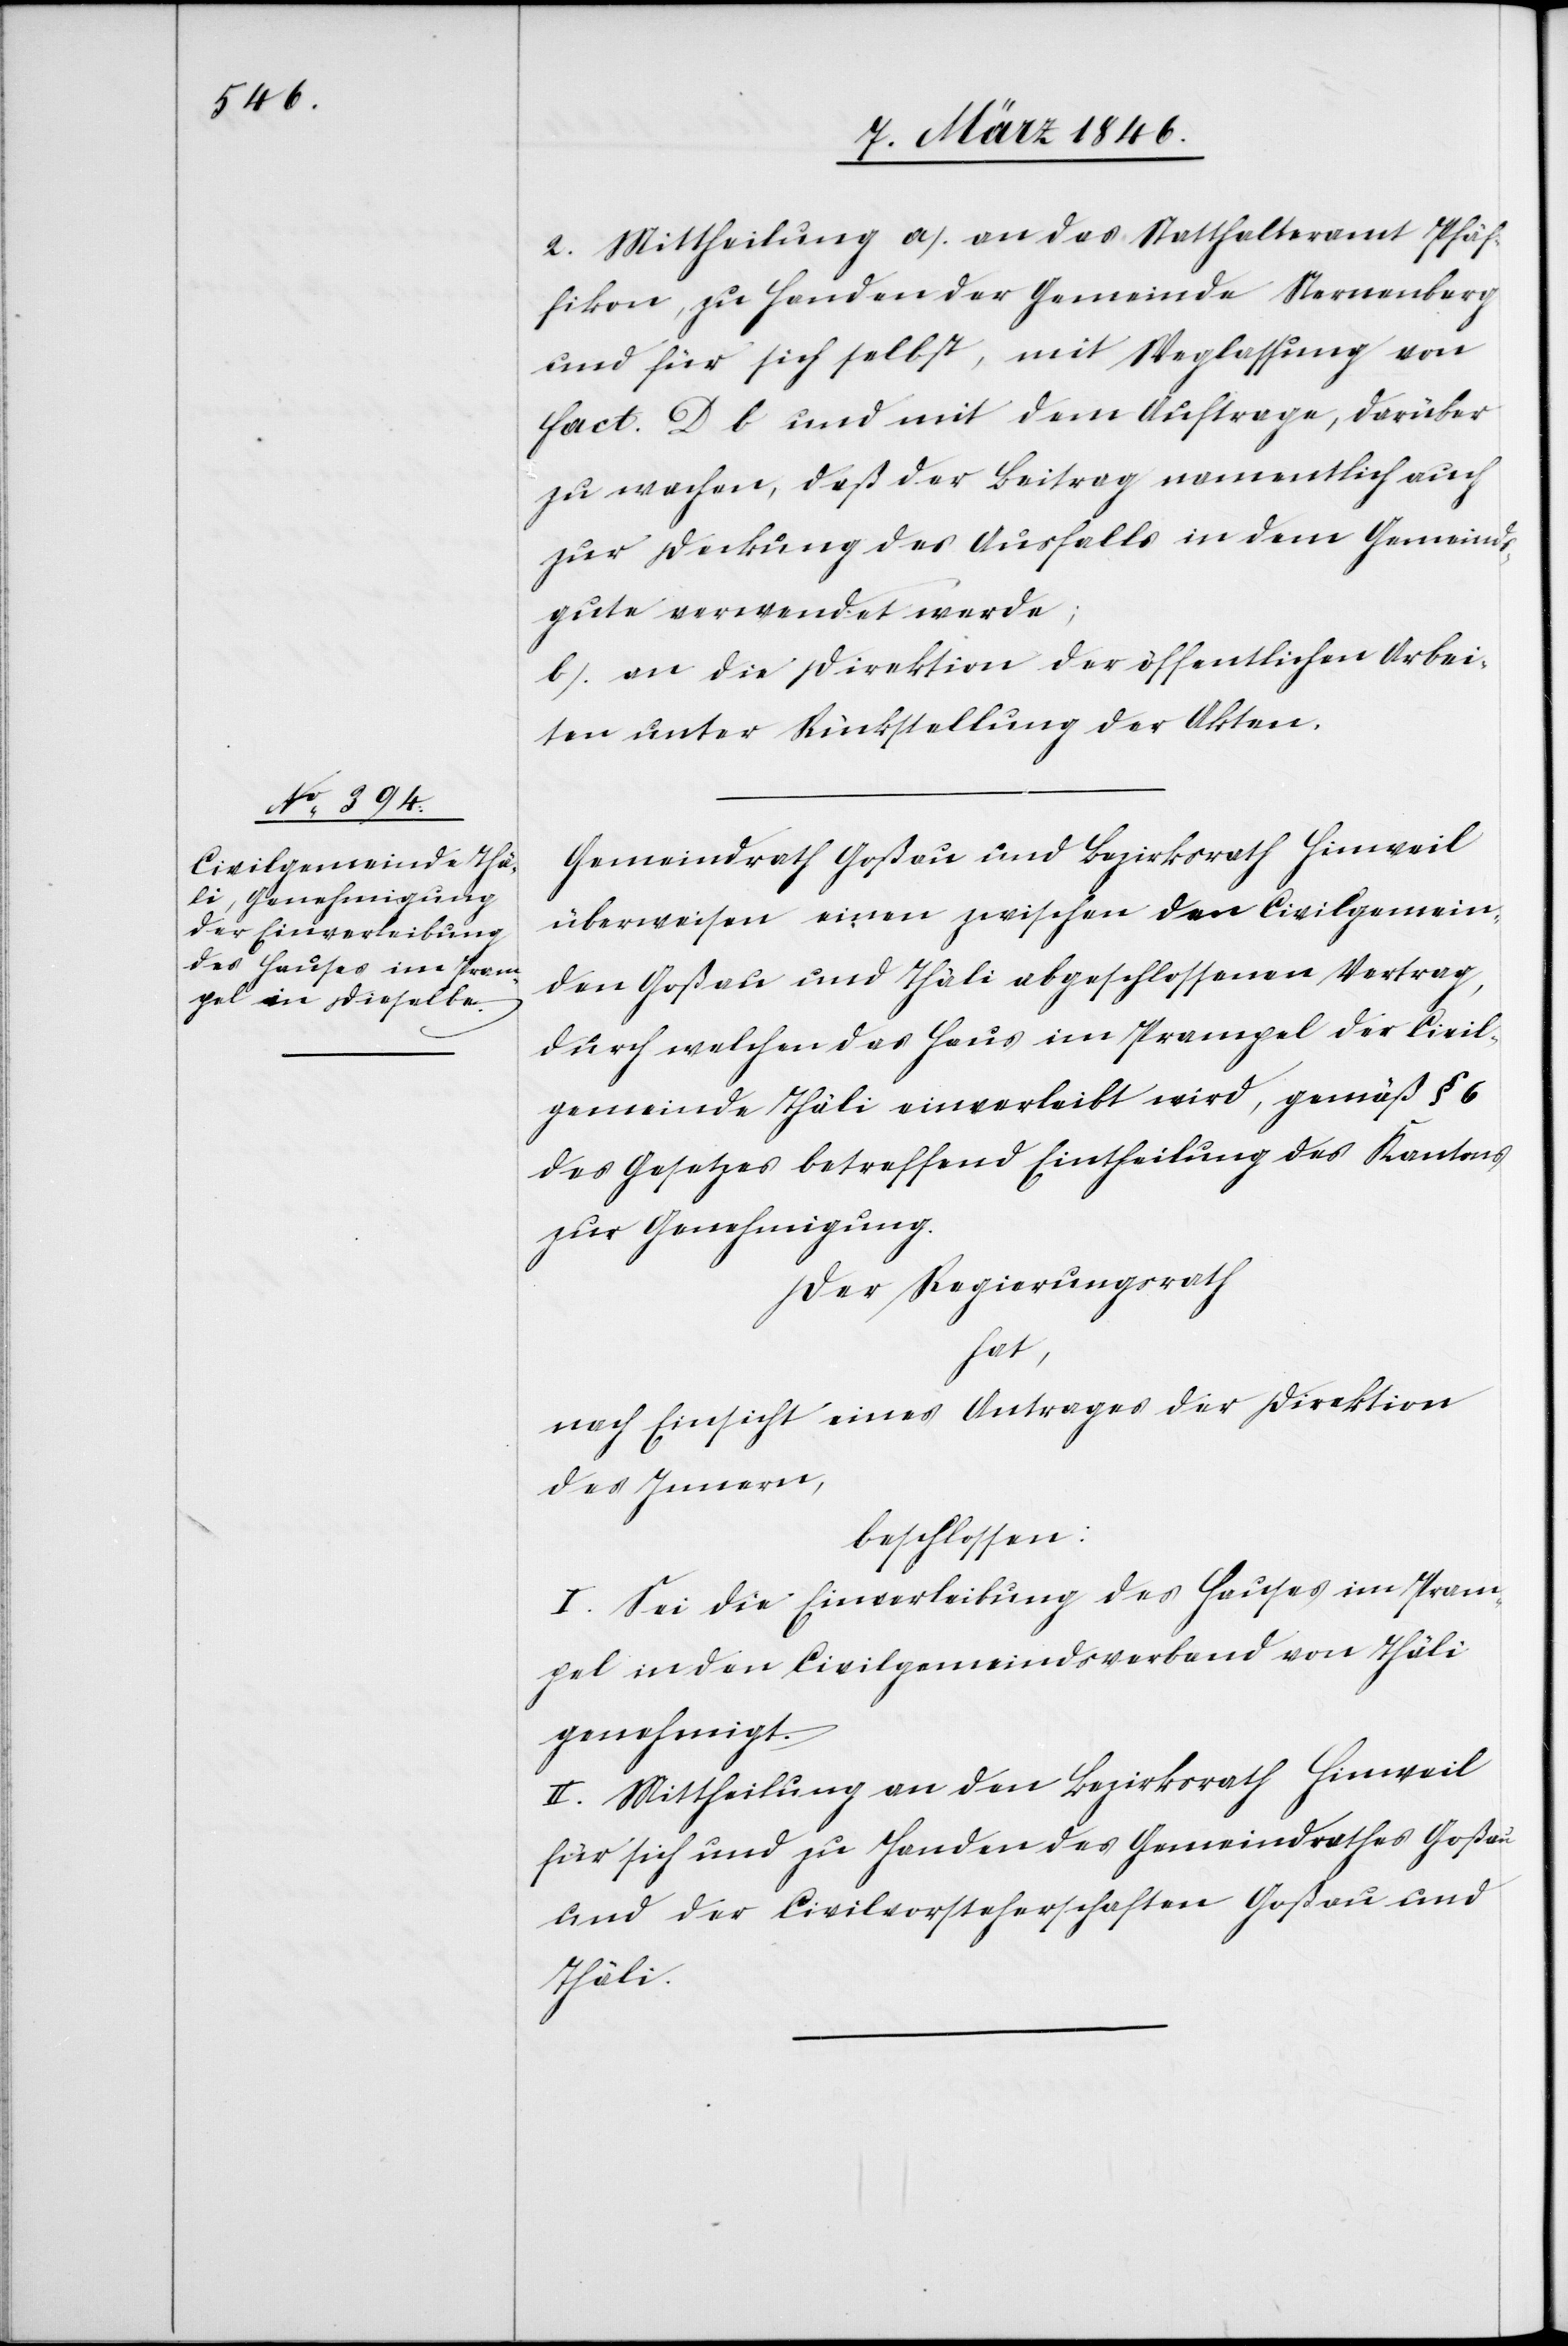
2. Mittheilung a.) an das Statthalteramt Pfäf¬
fikon, zu Handen der Gemeinde Sternenberg
und für sich selbst, mit Weglassung von
fact. D b und mit dem Auftrage, darüber
zu wachen, daß der Beitrag namentlich auch
zur Deckung des Ausfalls in dem Gemeinds¬
gute verwendet werde;
b.) an die Direktion der öffentlichen Arbei¬
ten unter Rückstellung der Akten.
Gemeindrath Goßau und Bezirksrath Hinweil
überweisen einen zwischen den Civilgemein¬
den Goßau und Thäli abgeschlossenen Vertrag,
durch welchen das Haus im Prampel der Civil¬
gemeinde Thäli einverleibt wird, gemäß § 6
des Gesetzes betreffend Eintheilung des Kantons
zur Genehmigung.
Der Regierungsrath
hat,
nach Einsicht eines Antrages der Direktion
des Innern,
beschlossen:
I. Sei die Einverleibung des Hauses im Pram¬
pel in den Civilgemeindsverband von Thäli
genehmigt.
II. Mittheilung an den Bezirksrath Hinweil
für sich und zu Handen des Gemeindrathes Goßau
und der Civilvorsteherschaften Goßau und
Thäli.